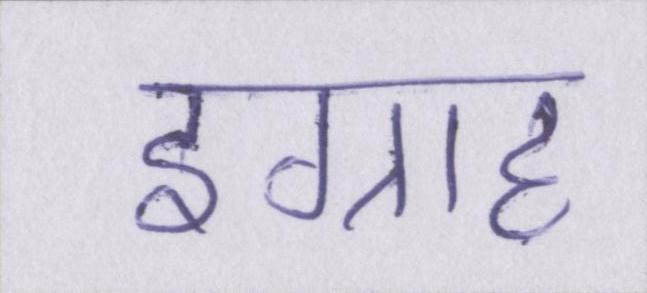
इग्राह